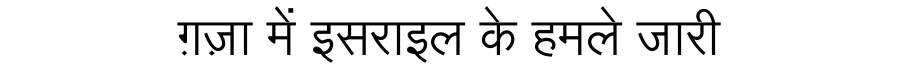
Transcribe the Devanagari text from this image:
ग़ज़ा में इसराइल के हमले जारी